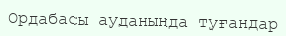
Ордабасы ауданында туғандар